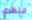
انتظري